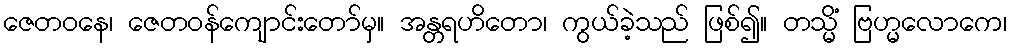
ဇေတဝနေ၊ ဇေတဝန်ကျောင်းတော်မှ။ အန္တရဟိတော၊ ကွယ်ခဲ့သည် ဖြစ်၍။ တသ္မိံ ဗြဟ္မလောကေ၊